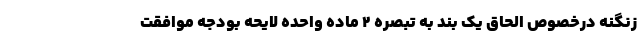
زنگنه درخصوص الحاق یک بند به تبصره ۲ ماده واحده لایحه بودجه موافقت